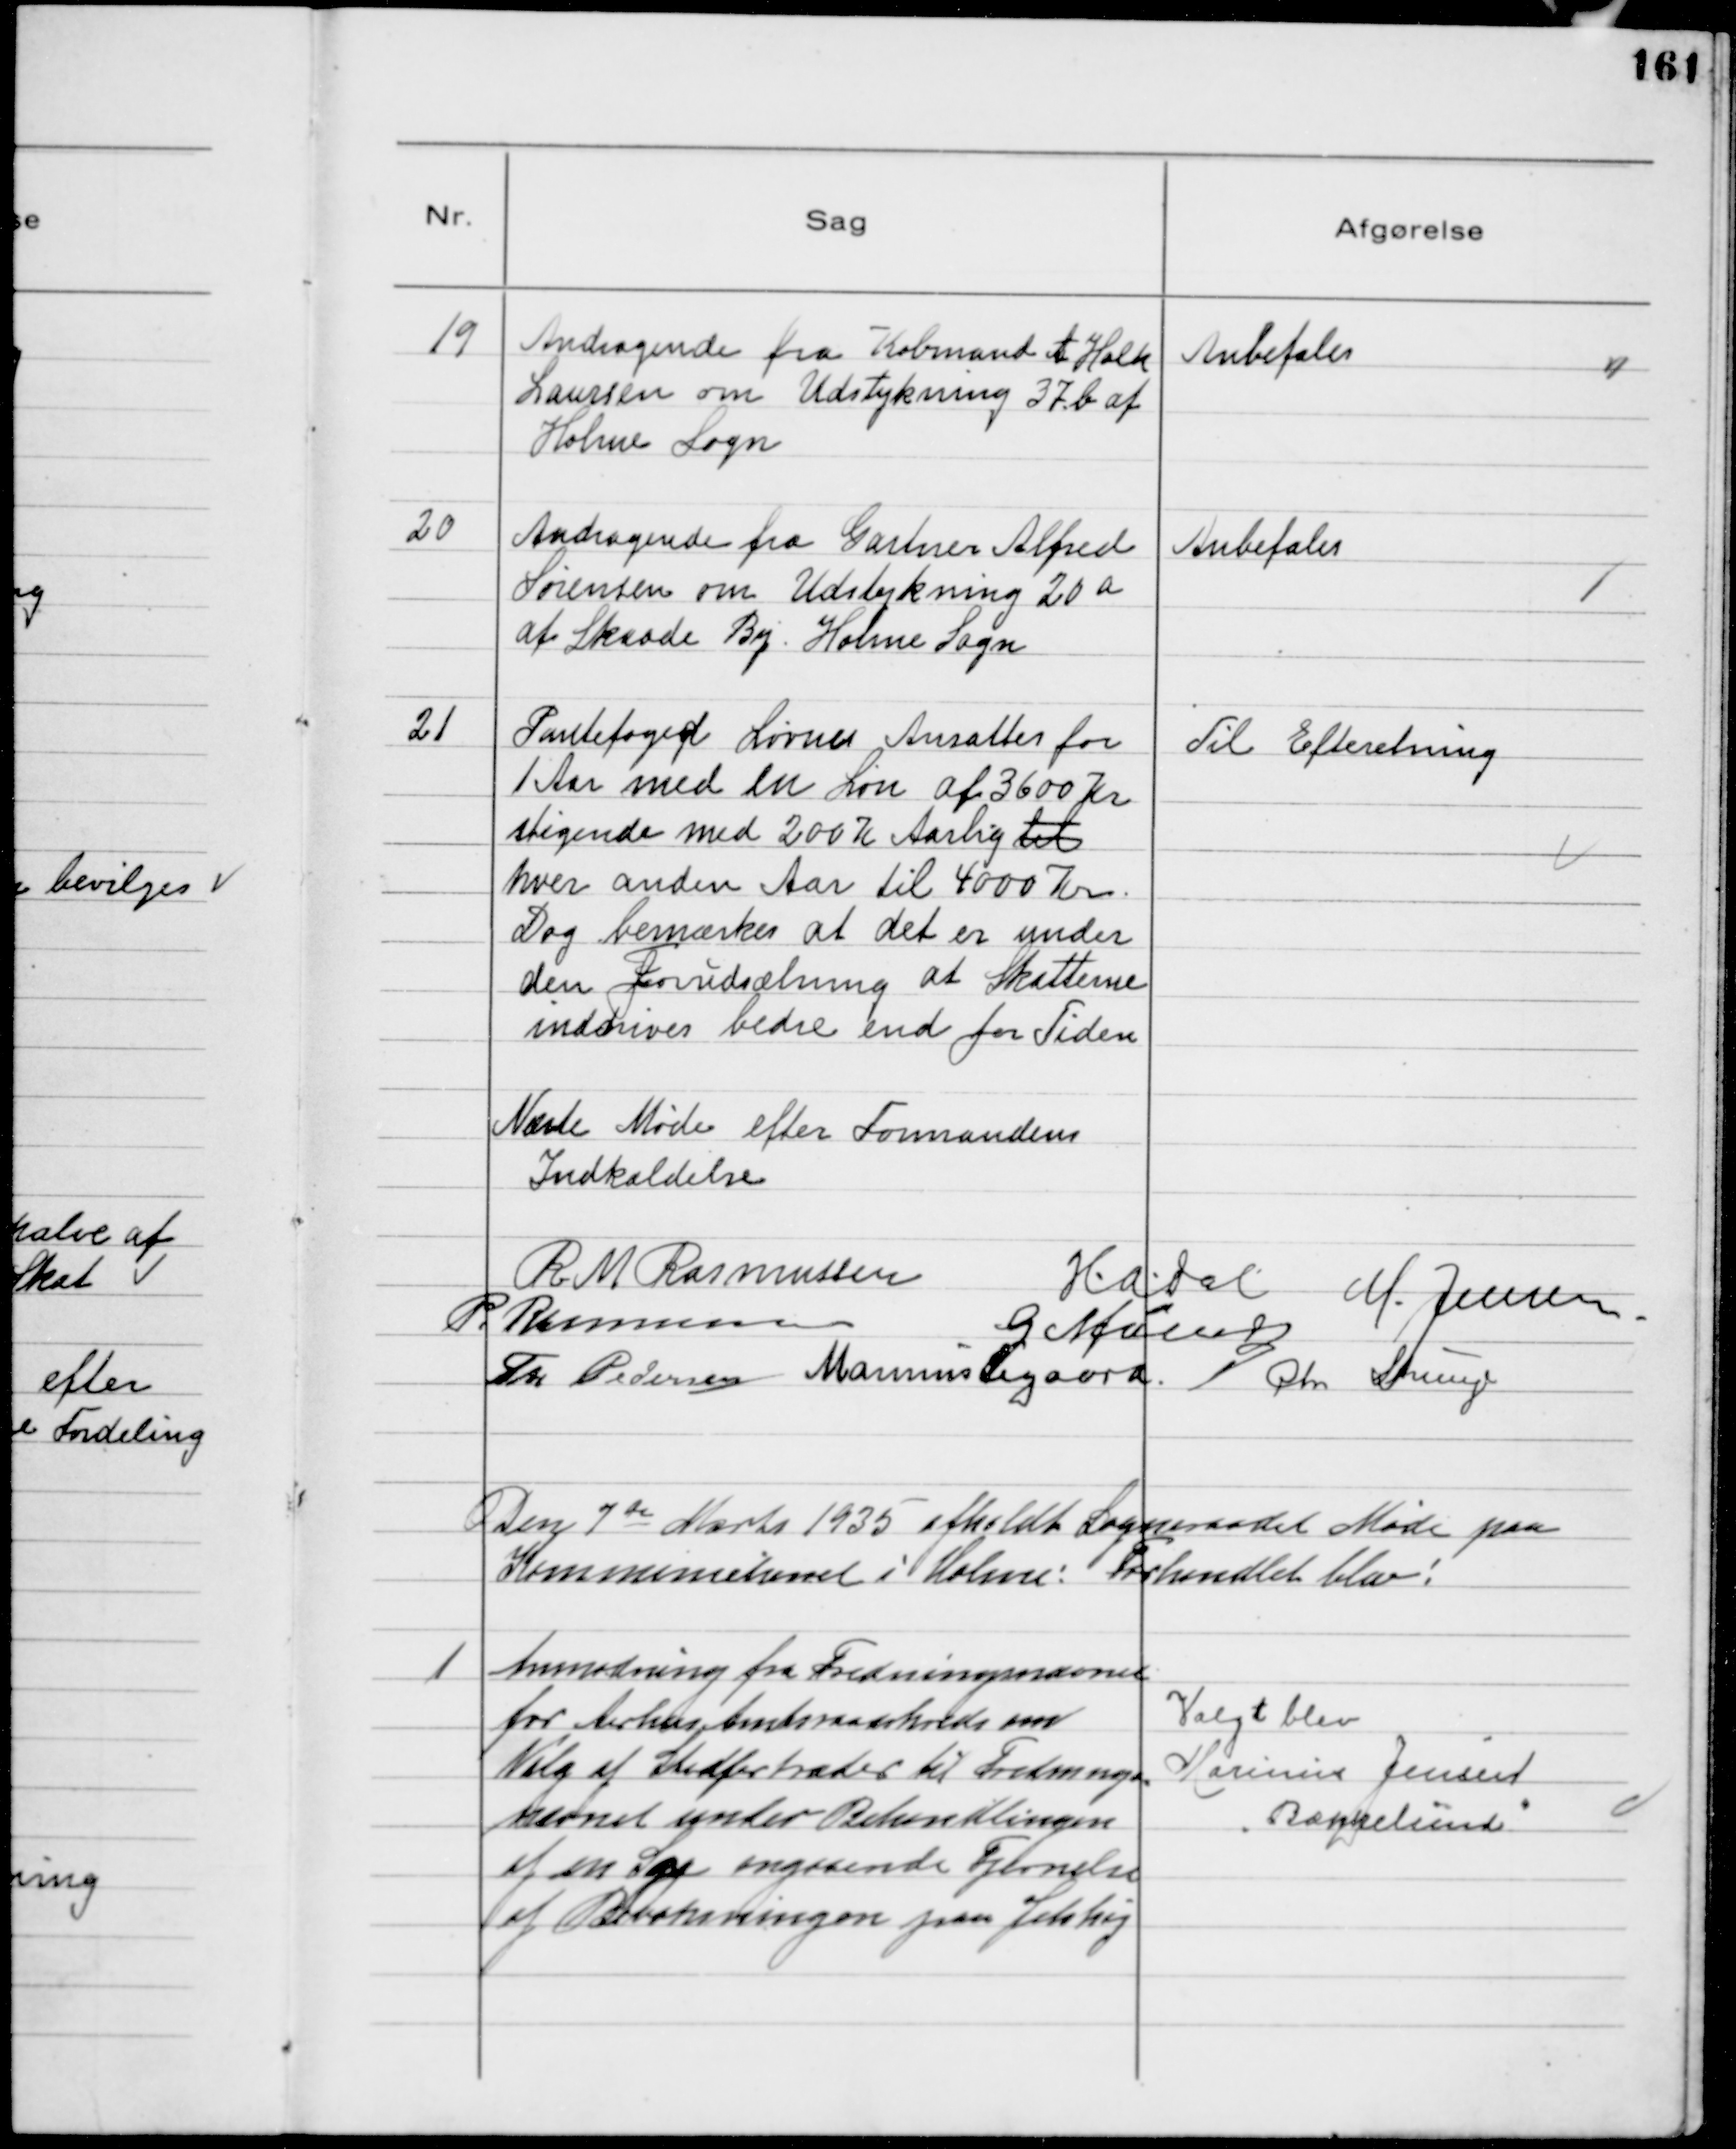
Transskription:
19
Andragende fra Købmand A Holk
Laursen om Udstykning 37 b af
Holme Sogn

Anbefales

20
Andragende fra Gartner Alfred
Sørensen om Udstykning 20 a
af Skaade By Holme Sogn

Anbefales

21
Pantefoged Løvnes Ansattes for
1 Aar med en Løn af 3600 Kr
stigende med 200 Kr Aarlig til
hver anden Aar til 4000 Kr.
Dog bemærkes at det er under
den Forudsætning at Skatterne
inddrives bedre end for Tiden

Til Efteretning

Næste Møde efter Formandens
Indkaldelse
R M Rasmussen
H.A. Dal
M. Jensen
P. Rasmussen
G Møller
Th Pedersen Marinus Sigaard Chr Strunge

Den 7 de Marts 1935 afholdt Sogneraadet Møde paa
Kommunekontoret i Holme: Forhandlet blev:

1
Anmodning fra Fredningsnævnet
for Aarhus Amtsraadskreds om
Valg af Stedfortræder til Frednings-
nævnet under Behandlingen
af en Sag angaaende Fjernelse
af Bevoksningen paa Jelshøj

Valgt blev
Marinus Jensen
"Bækkelund"